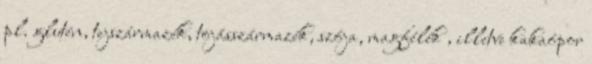
pl. glutén, tejszármazék, tojásszármazék, szója, magfélék , illetve kakaópor